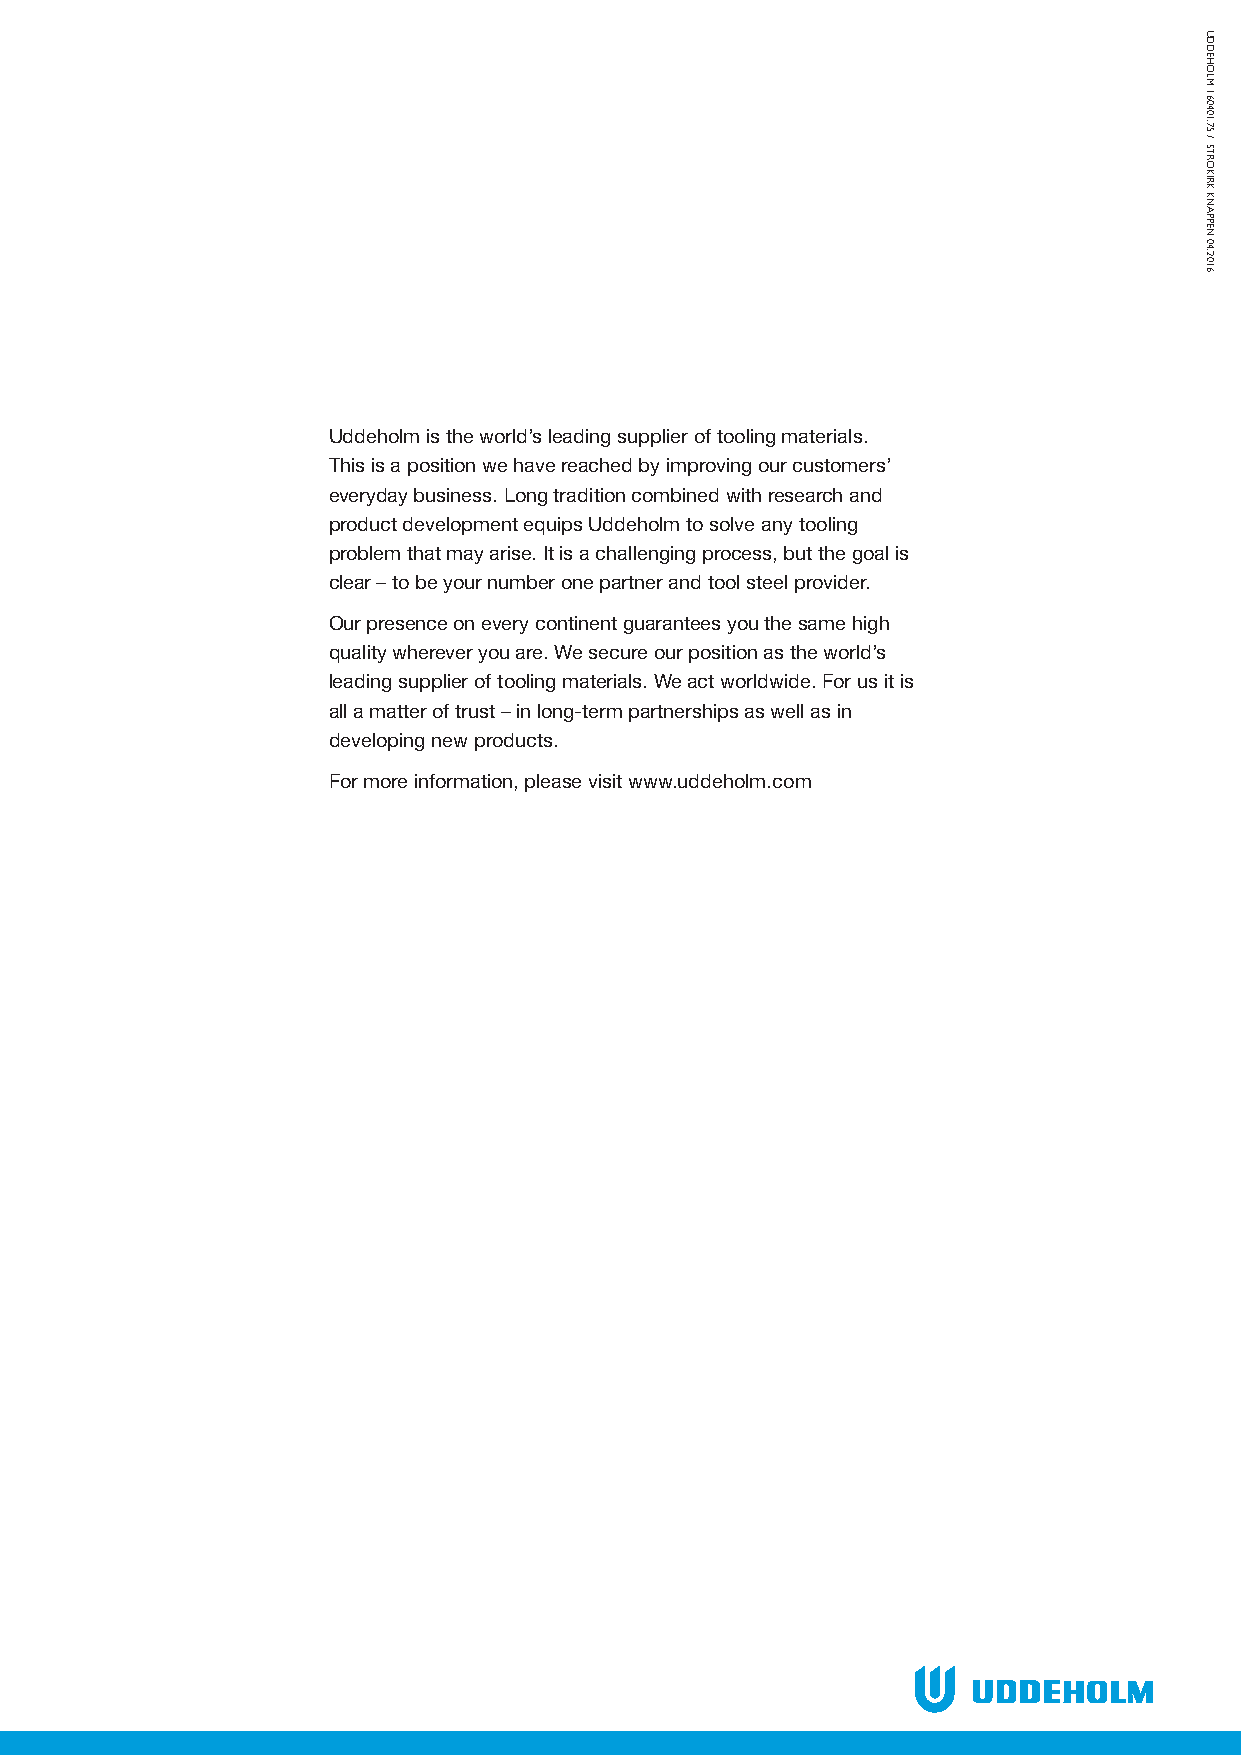
U
 D
 D
 EH
 O
 Uddeholm Ramax HH                                                     LM
 160401.75
 /
 STRO
 KIRK
 KN
 A
 PPEN
 04.2016
 Uddeholm is the world’s leading supplier of tooling materials.
 This is a position we have reached by improving our customers’
 everyday business. Long tradition combined with research and
 product development equips Uddeholm to solve any tooling
 problem that may arise. It is a challenging process, but the goal is
 clear – to be your number one partner and tool steel provider.
 Our presence on every continent guarantees you the same high
 quality wherever you are. We secure our position as the world’s
 leading supplier of tooling materials. We act worldwide. For us it is
 all a matter of trust–in long-term partnerships as well as in
 developing new products.
 For more information, please visit www.uddeholm.com
 8